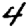
Digit: 4